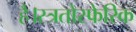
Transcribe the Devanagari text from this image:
है।स्त्रतोस्फेरिक